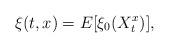
LaTeX: \begin{align*} \xi(t,x) = E[ \xi_0(X_t^x)] ,\end{align*}